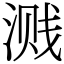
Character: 溅